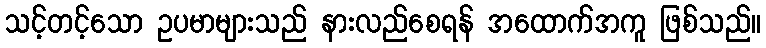
သင့်တင့်သော ဥပမာများသည် နားလည်စေရန် အထောက်အကူ ဖြစ်သည်။